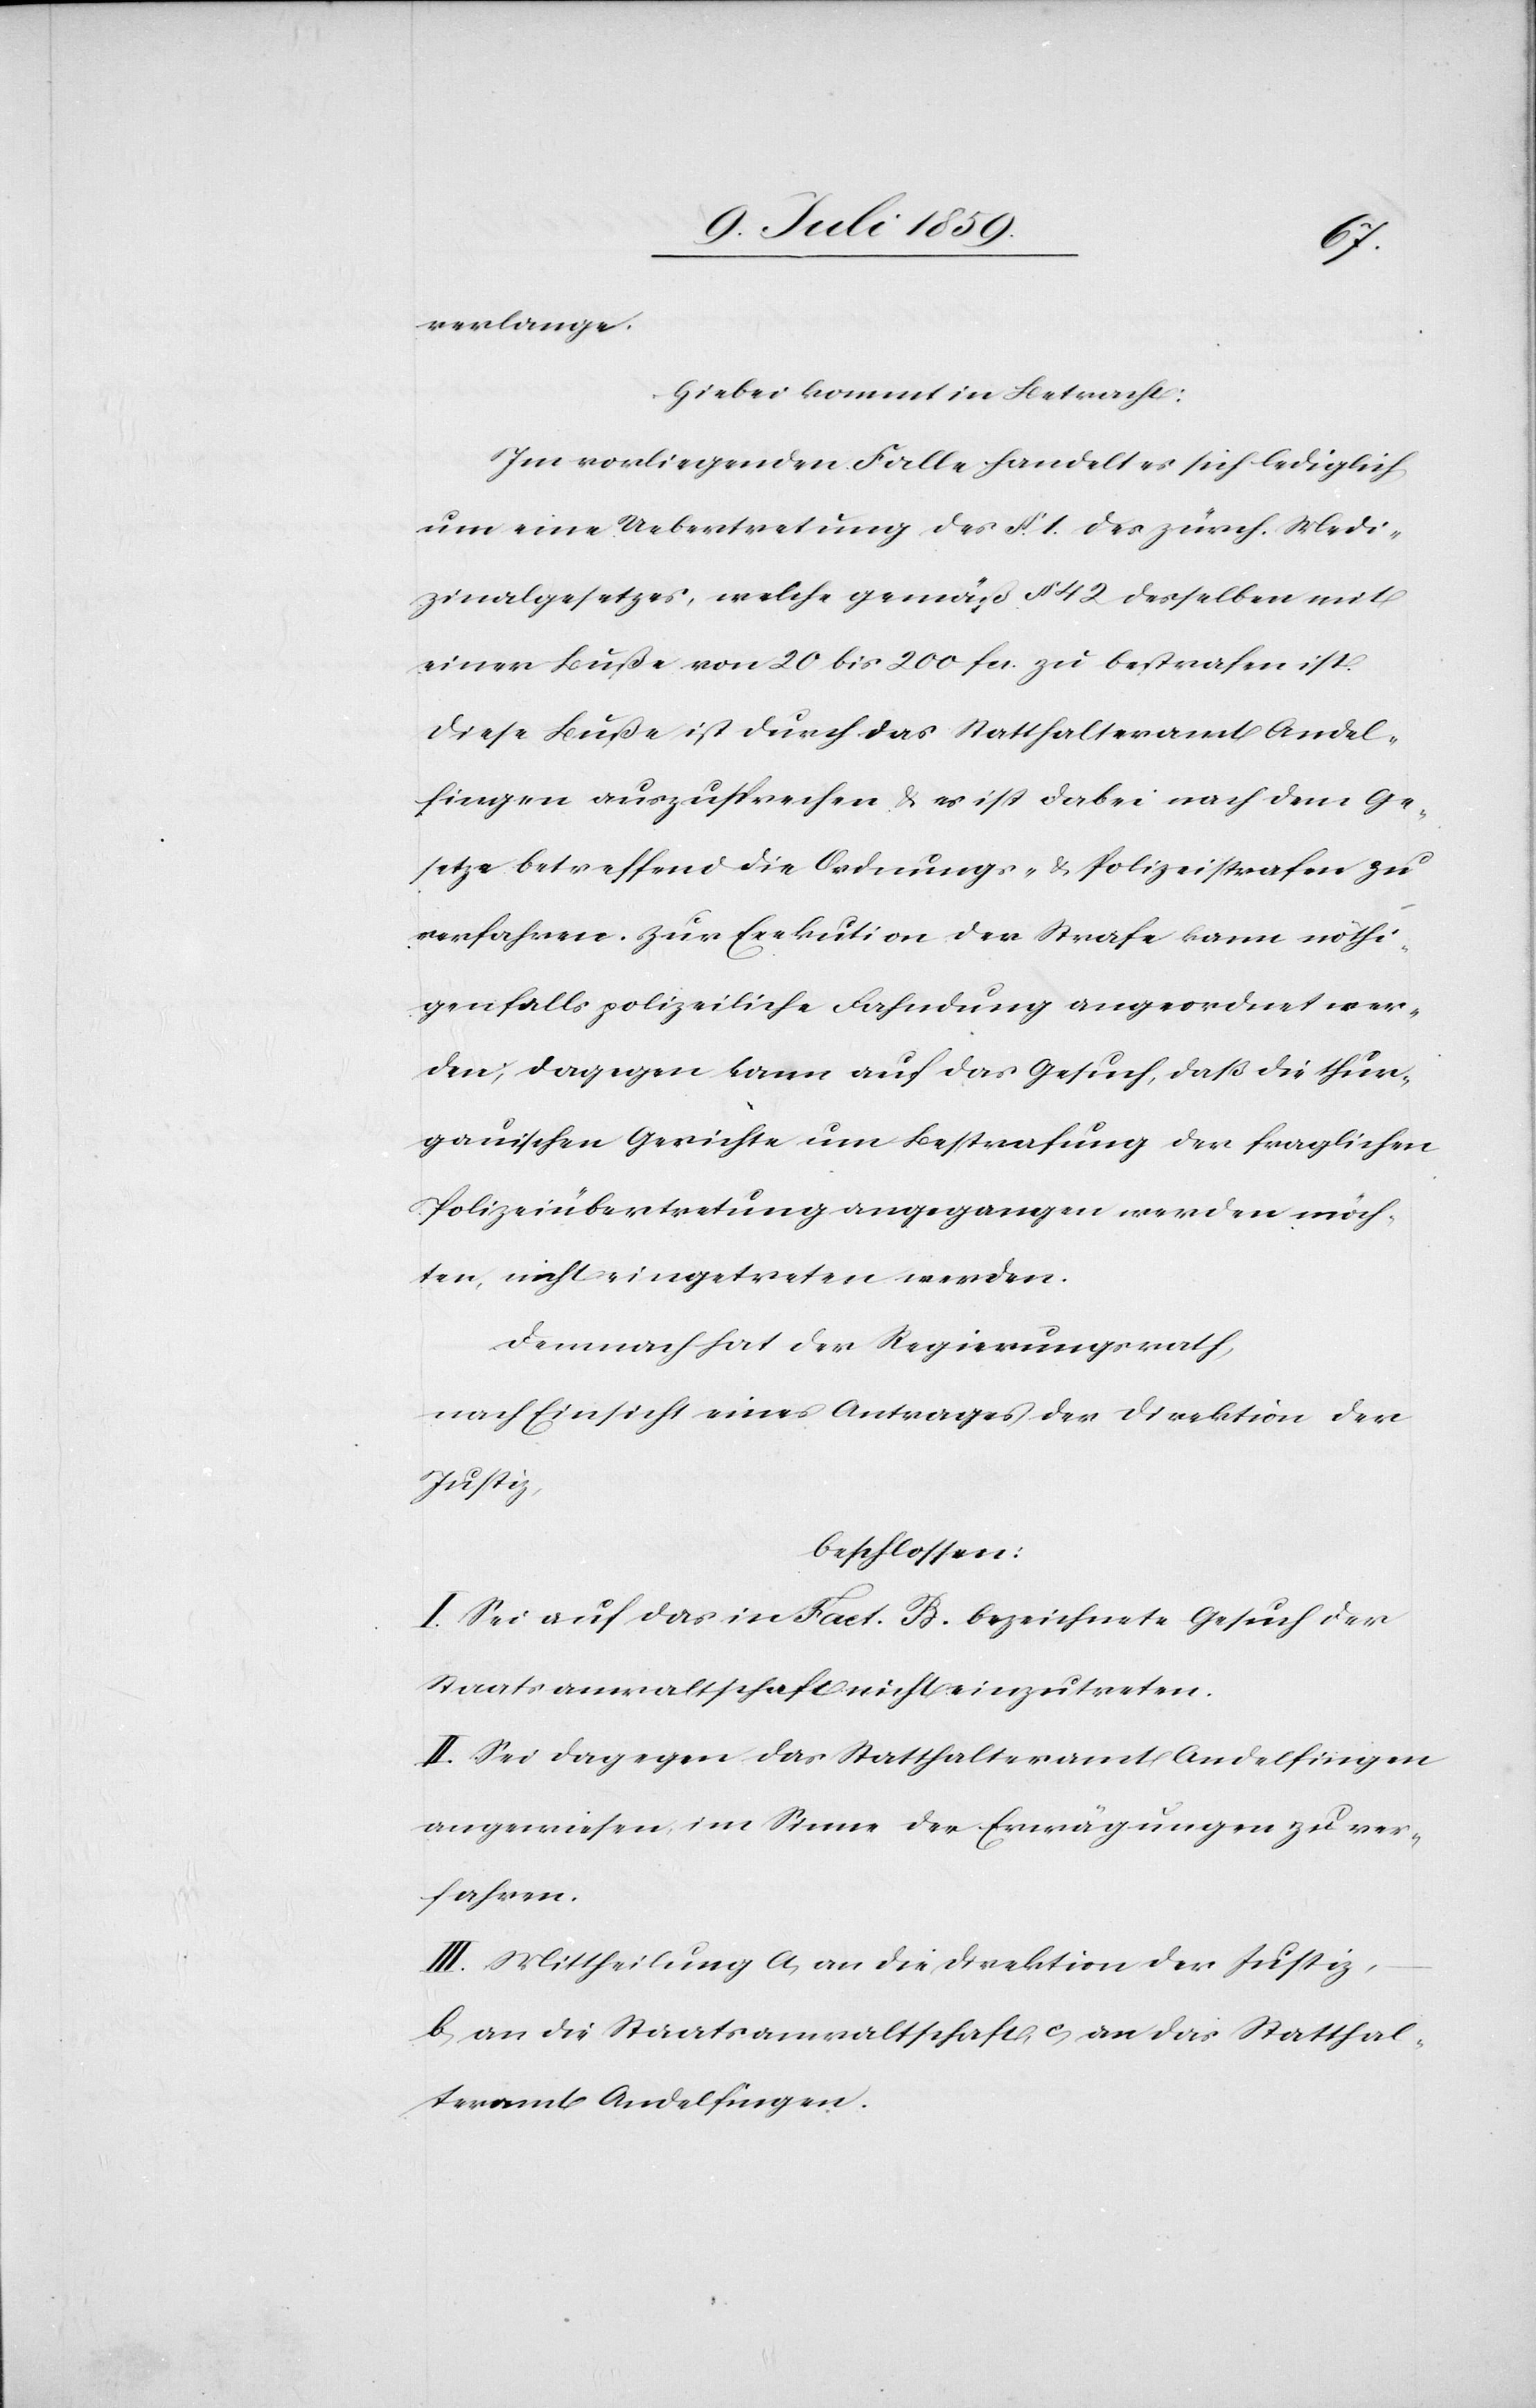
verlange.
Hiebei kommt in Betracht:
Im vorliegenden Falle handelt es sich lediglich
um eine Uebertretung des §. 1. des zürch. Medi¬
zinalgesetzes, welche gemäß § 42 desselben mit
einer Buße von 20 bis 200 fcs. zu bestrafen ist.
Diese Buße ist durch das Statthalteramt Andel¬
fingen auszusprechen u. es ist dabei nach dem Ge¬
setze betreffend die Ordnungs- u. Polizeistrafen zu
verfahren. Zur Exekution der Strafe kann nöthi¬
genfalls polizeiliche Fahndung angeordnet wer¬
den, dagegen kann auf das Gesuch, daß die thur¬
gauischen Gerichte um Bestrafung der fraglichen
Polizeiübertretung angegangen werden möch¬
ten, nicht eingetreten werden.
Demnach hat der Regierungsrath,
nach Einsicht eines Antrages der Direktion der
Justiz,
beschlossen:
I. Sei auf das in Fact. B. bezeichnete Gesuch der
Staatsanwaltschaft nicht einzutreten.
II. Sei dagegen das Statthalteramt Andelfingen
angewiesen im Sinne der Erwägungen zu ver¬
fahren.
III. Mittheilung a) an die Direktion der Justiz,
b) an die Staatsanwaltschaft, c) an das Statthal¬
teramt Andelfingen.